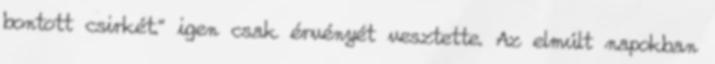
bontott csirkét." igen csak érvényét vesztette. Az elmúlt napokban